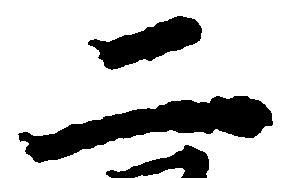
二